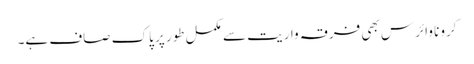
کرونا وائرس بھی فرقہ واریت سے مکمل طور پر پاک صاف ہے۔